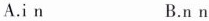
A.i n B.n n